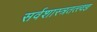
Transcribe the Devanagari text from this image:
सर्वशास्त्रतत्त्वज्ञ